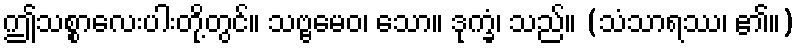
ဤသစ္စာလေးပါးတို့တွင်။ သဗ္ဗမေဝ၊ သော။ ဒုက္ခံ၊ သည်။ (သံသာရဿ၊ ၏။)